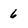
Character: 6